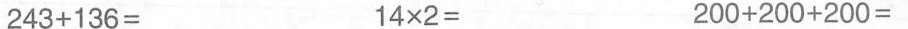
243+136= 14\times2= 200+200+200=